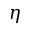
\eta